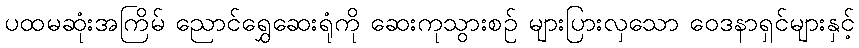
ပထမဆုံးအကြိမ် ညောင်ရွှေဆေးရုံကို ဆေးကုသွားစဉ် များပြားလှသော ဝေဒနာရှင်များနှင့်